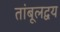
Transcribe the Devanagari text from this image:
तांबूलद्वय